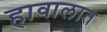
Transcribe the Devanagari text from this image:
हावालात